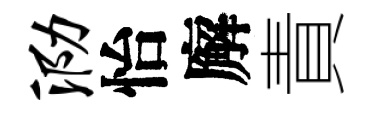
泐怡廨責